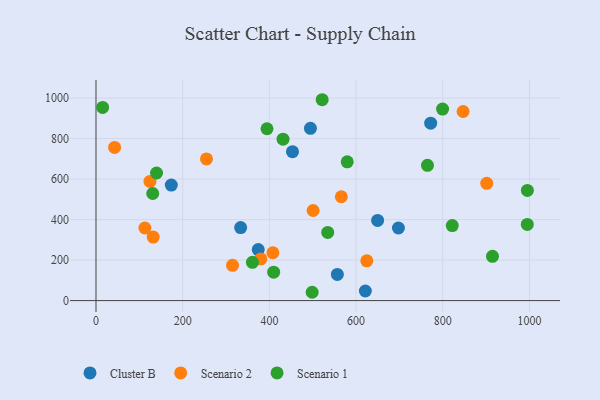
{"axis": {"x": "Price", "y": "Fuel Efficiency"}, "legend": ["Cluster B", "Scenario 1", "Scenario 2"], "data": [{"x": "556.8", "y": 128.9, "type": "Cluster B"}, {"x": "494.7", "y": 850.3, "type": "Cluster B"}, {"x": "333.7", "y": 360.5, "type": "Cluster B"}, {"x": "453.3", "y": 735.2, "type": "Cluster B"}, {"x": "697.7", "y": 358.4, "type": "Cluster B"}, {"x": "173.7", "y": 570.1, "type": "Cluster B"}, {"x": "621.4", "y": 47.2, "type": "Cluster B"}, {"x": "649.7", "y": 395.7, "type": "Cluster B"}, {"x": "772.1", "y": 876.0, "type": "Cluster B"}, {"x": "374.3", "y": 252.0, "type": "Cluster B"}, {"x": "315.0", "y": 174.3, "type": "Scenario 2"}, {"x": "500.9", "y": 444.7, "type": "Scenario 2"}, {"x": "380.5", "y": 205.7, "type": "Scenario 2"}, {"x": "132.0", "y": 313.3, "type": "Scenario 2"}, {"x": "846.9", "y": 933.6, "type": "Scenario 2"}, {"x": "112.8", "y": 358.3, "type": "Scenario 2"}, {"x": "254.9", "y": 699.2, "type": "Scenario 2"}, {"x": "42.9", "y": 756.0, "type": "Scenario 2"}, {"x": "408.1", "y": 236.2, "type": "Scenario 2"}, {"x": "624.8", "y": 196.1, "type": "Scenario 2"}, {"x": "566.0", "y": 512.7, "type": "Scenario 2"}, {"x": "901.4", "y": 578.9, "type": "Scenario 2"}, {"x": "124.5", "y": 588.1, "type": "Scenario 2"}, {"x": "821.9", "y": 370.4, "type": "Scenario 1"}, {"x": "521.8", "y": 991.7, "type": "Scenario 1"}, {"x": "360.9", "y": 189.0, "type": "Scenario 1"}, {"x": "914.7", "y": 218.7, "type": "Scenario 1"}, {"x": "799.5", "y": 945.6, "type": "Scenario 1"}, {"x": "498.7", "y": 41.0, "type": "Scenario 1"}, {"x": "130.9", "y": 528.8, "type": "Scenario 1"}, {"x": "394.5", "y": 848.3, "type": "Scenario 1"}, {"x": "764.7", "y": 668.0, "type": "Scenario 1"}, {"x": "409.9", "y": 140.0, "type": "Scenario 1"}, {"x": "431.5", "y": 796.8, "type": "Scenario 1"}, {"x": "534.6", "y": 336.6, "type": "Scenario 1"}, {"x": "139.7", "y": 630.0, "type": "Scenario 1"}, {"x": "995.2", "y": 544.1, "type": "Scenario 1"}, {"x": "579.6", "y": 685.0, "type": "Scenario 1"}, {"x": "995.0", "y": 376.1, "type": "Scenario 1"}, {"x": "15.3", "y": 953.8, "type": "Scenario 1"}]}